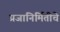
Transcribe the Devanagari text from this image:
प्रजानिर्मितीचे